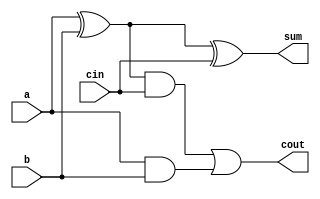
module full_adder(a, b, cin, sum, cout);

	input a, b, cin;
	output sum, cout;
	wire xor1, and1, and2;
	
	xor first_xor(xor1, a,b);
	xor second_xor(sum, xor1, cin);
	
	and first_and(and1, xor1, cin);
	and second_and(and2, a, b);
	
	or first_or(cout, and1, and2);
	

endmodule